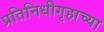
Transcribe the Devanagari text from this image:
प्रतिनिधीगृहाच्या